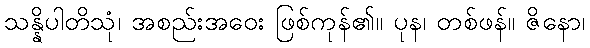
သန္နိပါတိသုံ၊ အစည်းအဝေး ဖြစ်ကုန်၏။ ပုန၊ တစ်ဖန်။ ဇိနော၊